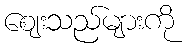
ဈေးသည်များကို